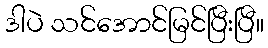
ဒါပဲ သင်အောင်မြင်ပြီးပြီ။